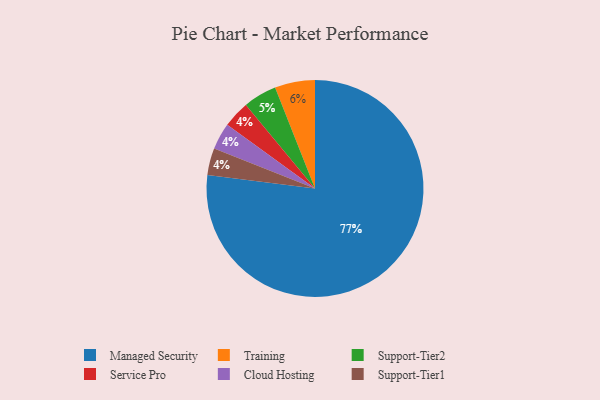
{"axis": {"x": "Category", "y": "Percentage"}, "legend": ["Cloud Hosting", "Managed Security", "Service Pro", "Support-Tier1", "Support-Tier2", "Training"], "data": [{"x": "Managed Security", "y": 77, "type": "Managed Security"}, {"x": "Training", "y": 6, "type": "Training"}, {"x": "Service Pro", "y": 4, "type": "Service Pro"}, {"x": "Cloud Hosting", "y": 4, "type": "Cloud Hosting"}, {"x": "Support-Tier2", "y": 5, "type": "Support-Tier2"}, {"x": "Support-Tier1", "y": 4, "type": "Support-Tier1"}]}